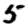
Digit: 5